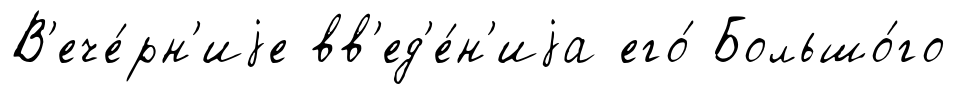
В'ече́рн'иjе вв'ед'е́н'иjа его́ Большо́го